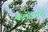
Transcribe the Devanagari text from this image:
कलंदरानी